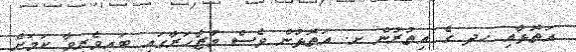
އަތޮޅާއި ހދ ގެ އިތުރުން ށ. އަތޮޅުން ވެސް މުޒާހަރާގައި ބައިވެރިވާ ކަމަށް